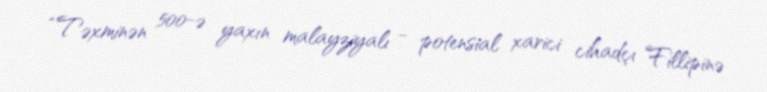
“Təxminən 500-ə yaxın malayziyalı - potensial xarici cihadçı Fillipinə